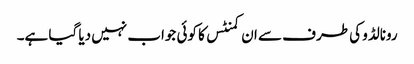
رونالڈو کی طرف سے ان کمنٹس کا کوئی جواب نہیں دیا گیا ہے۔